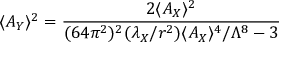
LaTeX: \langle A _ { Y } \rangle ^ { 2 } = { \frac { 2 \langle A _ { X } \rangle ^ { 2 } } { ( 6 4 \pi ^ { 2 } ) ^ { 2 } ( \lambda _ { X } / r ^ { 2 } ) \langle A _ { X } \rangle ^ { 4 } / \Lambda ^ { 8 } - 3 } }